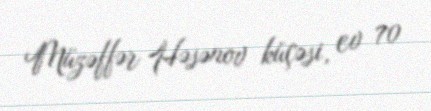
Müzəffər Həsənov küçəsi, ev 70